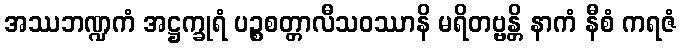
အဿဘဏ္ဍကံ အဋ္ဌက္ခုရံ ပဉ္စစတ္တာလီသဝဿာနိ မရိတဗ္ဗန္တိ နာကံ နီစံ ကရဇံ